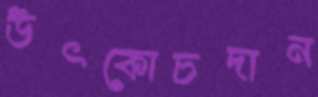
উৎকোচদান